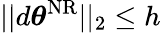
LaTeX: ||d{\boldsymbol{\theta}}^{\mathrm{NR}}||_{2}\leq h